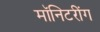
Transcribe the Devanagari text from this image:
मॉनिटरींग